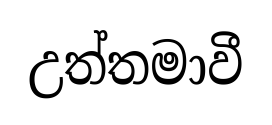
උත්තමාවී